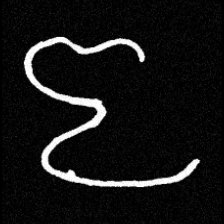
Pyu character \u2014 Myanmar letter: ဇ (romanized: ja)